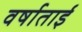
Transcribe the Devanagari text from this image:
वर्षाताई